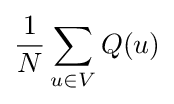
{\frac {1}{N}}\sum _{u\in V}Q(u)